Civil Veterinary Department. United Provinces 1912-22 - 1912-1922
Year: 1912
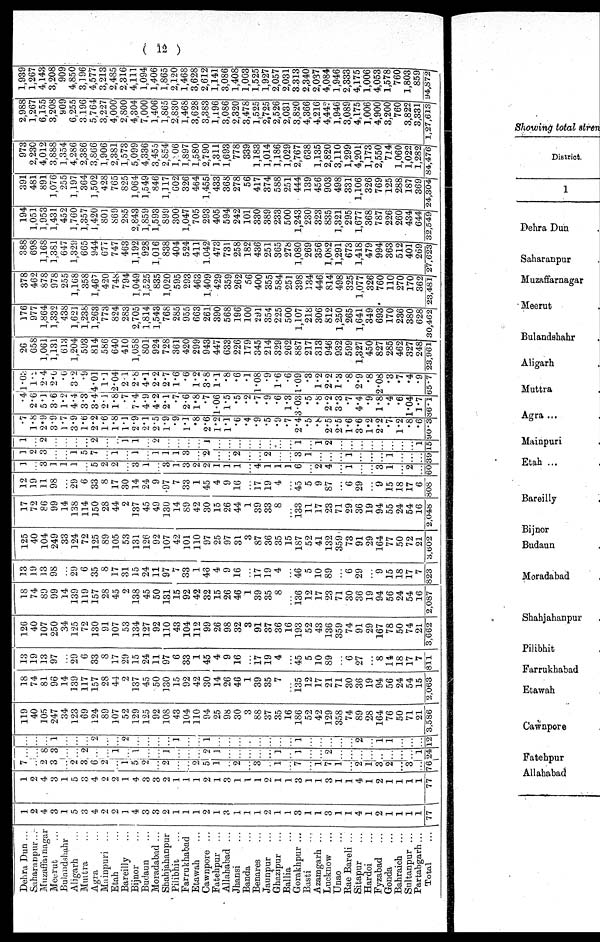
( 12 )
Dehra Dun ...
Saharanpur...
Muzaffarnagar
Meerut …
Bulanshahr
Aligarh …
Muttra …
Agra …
Mainpuri ...
Etah …
Bareilly …
Bijnor …
Budaun …
Moradabad ...
Shahjahanpur
Pilibhit …
Farrukhabad
Etawah …
Cawnpore ...
Fatehpur ...
Allahabad ...
Jhansi …
Banda …
Benares …
Jaunpur …
Ghazipur
...
Ballia …
Gorakhpur ...
Basti …
Azamgarh ...
Lucknow …
Unao …
Rae Bareli ...
Sitapur …
Hardoi …
Fyzabad …
Gonda …
Bahraich …
Sultanpur ...
Partabgarh...
Total …
1
2
4
3
1
5
3
4
2
2
1
4
3
3
2
1
1
1
2
1
3
1
1
1
9
1
1
3
1
1
3
1
1
4
1
2
1
1
1
1
77
1
9
4
3
1
5
3
4
2
2
1
4
3
3
2
1
1
1
2
1
3
1
1
1
2
1
1
3
1
1
3
1
1
4
1
2
1
1
1
1
77
7
…
2
3
…
2
3
6
9
…
1
5
9
…
2
…
…
2
5
1
…
2
…
3
…
1
…
7
…
1
7
1
…
2
1
3
2
…
3
...
76
…
…
8
3
…
…
2
…
…
1
…
1
…
…
1
…
…
…
9
1
…
…
…
…
...
1
…
1
…
…
9
…
…
…
…
…
...
…
…
1
24
…
…
…
1
…
…
…
2
…
…
2
…
…
…
…
1
…
…
1
…
…
…
…
…
…
…
…
1
…
…
…
…
…
2
…
1
1
…
…
…
12
119
40
105
247
34
123
69
124
89
107
52
129
125
92
108
43
104
110
94
25
98
30
3
88
37
35
16
186
52
42
129
358
74
89
28
164
76
50
71
21
3,586
18
74
81
96
14
139
117
157
28
44
2
137
45
50
130
15
92
42
30
14
26
46
1
39
35
7
…
135
12
17
21
71
30
36
19
94
56
24
54
15
2,063
13
19
13
97
…
29
6
33
8
17
29
15
24
11
97
6
33
1
45
4
9
16
…
17
19
4
…
45
5
10
89
…
6
27
…
8
14
18
17
7
811
120
40
107
250
34
125
72
130
91
107
53
134
127
92
110
43
104
112
99
26
98
32
3
91
37
36
16
193
52
43
136
359
74
91
29
167
78
50
74
21
3,662
18
74
89
99
14
139
119
157
28
45
9
138
45
50
131
15
92
42
32
15
26
46
1
39
35
8
…
136
12
17
23
71
30
36
19
94
56
24
54
16
2,087
13
19
13
98
…
29
6
35
8
17
31
15
24
11
97
7
33
1
48
4
9
16
17
19
4
…
46
5
10
89
…
6
29
…
9
15
18
17
7
823
125
40
104
249
33
124
72
125
89
105
53
131
126
92
107
42
101
110
97
25
97
31
3
87
36
35
15
187
52
41
132
359
73
91
29
164
77
50
72
21
3,602
17
72
86
99
14
138
114
150
28
44
2
137
45
49
130
14
89
42
30
15
26
44
1
39
33
8
…
133
11
17
23
71
29
36
19
94
55
24
54
16
2,048
12
19
11
98
…
29
6
33
8
17
30
14
24
9
.97
7
33
1
45
4
9
16
…
17
19
4
…
45
5
9
87
...
6
29
...
9
15
18
17
6
808
1
…
3
1
1
1
…
5
2
2
…
3
1
…
3
1
3
2
2
1
1
1
…
4
1
1
1
6
2
4
…
1
…
…
3
1
…
2
…
60
1
2
3
…
…
1
5
7
…
1
…
1
…
1
1
1
3
…
2
…
…
2
…
…
2
…
…
3
1
…
…
…
1
…
…
…
1
…
…
…
39
1
…
2
…
…
…
...
2
…
…
1
1
…
9
…
…
…
…
1
…
…
…
…
…
…
…
…
1
…
1
2
…
…
…
…
…
…
…
…
1
15
.7
1.8
2.9
3.9
1.7
3.9
1.6
2.2
1.6
1.8
1.1
2.9
2.1
2.5
1.9
.9
1.1
.8
2.6
1.2
1.1
.6
.4
.9
.5
.9
.7
2.4
.5
.8
2.5
2.5
1.6
3.6
1.2
2.2
.7
1.2
.8
.6
90.3
.4
2.6
5.1
3.6
1.2
4.4
3 2
3.4
2.1
1.8
.7
7.4
4.9
4.2
2.1
.7
2.6
1.8
.7
1.06
1.5
.5
.2
.7
.9
.6
1.3
3.03
.5
.8
2'2
3.3
.7
…
.9
1.8
.4
.6
1.04
1.7
86.1
1.03
1.2
2.4
2.6
.6
3.2
.9
4.01
1.1
2.04
2.1
2.8
4.1
…
2.7
1.6
.6
1.2
3.8
1.1
.8
.6
.1
1.08
.9
1.6
.6
1.09
.3
1.2
2.2
1.3
.8
2.9
.8
2.08
.3
.7
.4
.9
65.7
26
058
1,061
1,131
013
1,204
593
814
586
640
410
1,058
801
924
728
361
420
299
943
447
633
226
179
345
214
329
262
887
217
313
946
932
599
1,327
450
827
285
462
327
248
23,961
176
977
1,864
1,332
438
1,621
1,238
1,263
773
824
283
2,705
1,814
1,543
768
285
955
663
261
390
568
196
100
291
354
225
500
1,107
218
306
S12
1,250
265
1,641
349
693
170
236
380
628
30,462
378
462
878
978
255
1,168
358
1,467
420
748
794
1,049
1,525
835
1,020
595
293
463
1,409
429
359
262
56
400
355
584
251
398
134
446
814
498
325
1,077
326
760
110
270
170
362
23,481
388
698
1,168
1.381
647
1,329
665
944
077
747
463
1,192
928
1.016
838
404
524
411
1.042
473
731
258
182
436
251
365
278
1,080
269
356
1,082
1,291
673
1,418
479
994
363
512
401
269
27,6231
194
1,051
1,953
1,431
452
1,760
1,357
1,420
801
869
285
2,843
1,859
1,593
899
300
1,047
705
293
405
594
242
101
330
389
233
500
1,243
230
323
835
1,321
295
1,677
368
787
226
260
434
644
32,549
391
481
891
1,076
255
1,197
364
1,502
428
765
825
1,064
1,549
846
1,117
602
326
464
1,455
433
368
278
56
417
374
588
251
444
139
456
903
498
331
1,106
326
769
125
288
187
369
24,304
973
2,230
4,012
3,888
1,354
4,286
2,386
3,866
1,906
2,381
1,573
5,099
4,336
3,455
2,854
1,806
1,897
1,580
2,790
1,311
1,693
778
339
1,183
1,014
1,186
1,029
2,767
638
1,135
2,820
3,110
1,299
4,201
1,173
2,550
714
1,060
1,022
1,282
84,476
2,988
1,267
6,155
3,208
909
6.255
3.196
5,764
3,227
4,000
2,800
4.304
7,000
1,406
1,865
2,830
1,468
3,628
3,383
1,196
3,086
2,320
3,478
1,525
2,725
2,526
2,031
3,820
4,366
4,216
4,442
1,946
3,089
4,175
1,006
4,900
3,200
760
3,822
3,331
1,27,6131
1,939
1,267
4,143
3,208
909
4,850
3,196
4,577
3,213
2,485
2,316
4,111
1,094
1,406
1,S65
2,120
1,468
3,628
2,612
1,141
3,086
1,408
1,003
1,525
1,927
2,057
2,031
3313
2,340
2,037
4,084
1,946
2,333
4,175
1,006
4,053
1,578
760
1,803
859
94,872